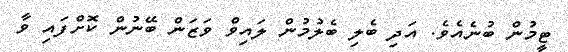
ޓީމުން ބުނެއެވެ. އަދި ބެލި ބެލުމުން ލައިވް ވަޒަން ބޭނުން ކޮށްފައި ވާ